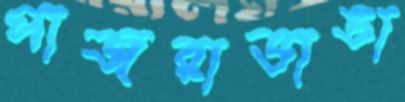
পাজরাভাঙা